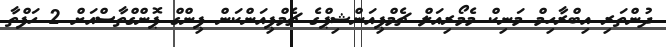
ދުންތަރި އިބްރާހިމް މަނިކް މެމޯރިއަލް ޗެމްޕިއަންޝިޕްގެ ޗެމްޕިއަންކަން ޕިންގް ޕޮންގްތާސްއަށް 2 ހަފްތާ